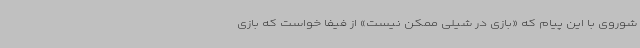
شوروی با این پیام که «بازی در شیلی ممکن نیست» از فیفا خواست که بازی